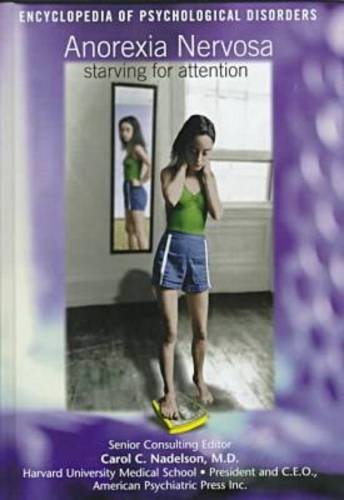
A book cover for Anorexia Nervosa (Psy) (Encyclopedia of Psychological Disorders); Dan Harmon; Health, Fitness & Dieting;